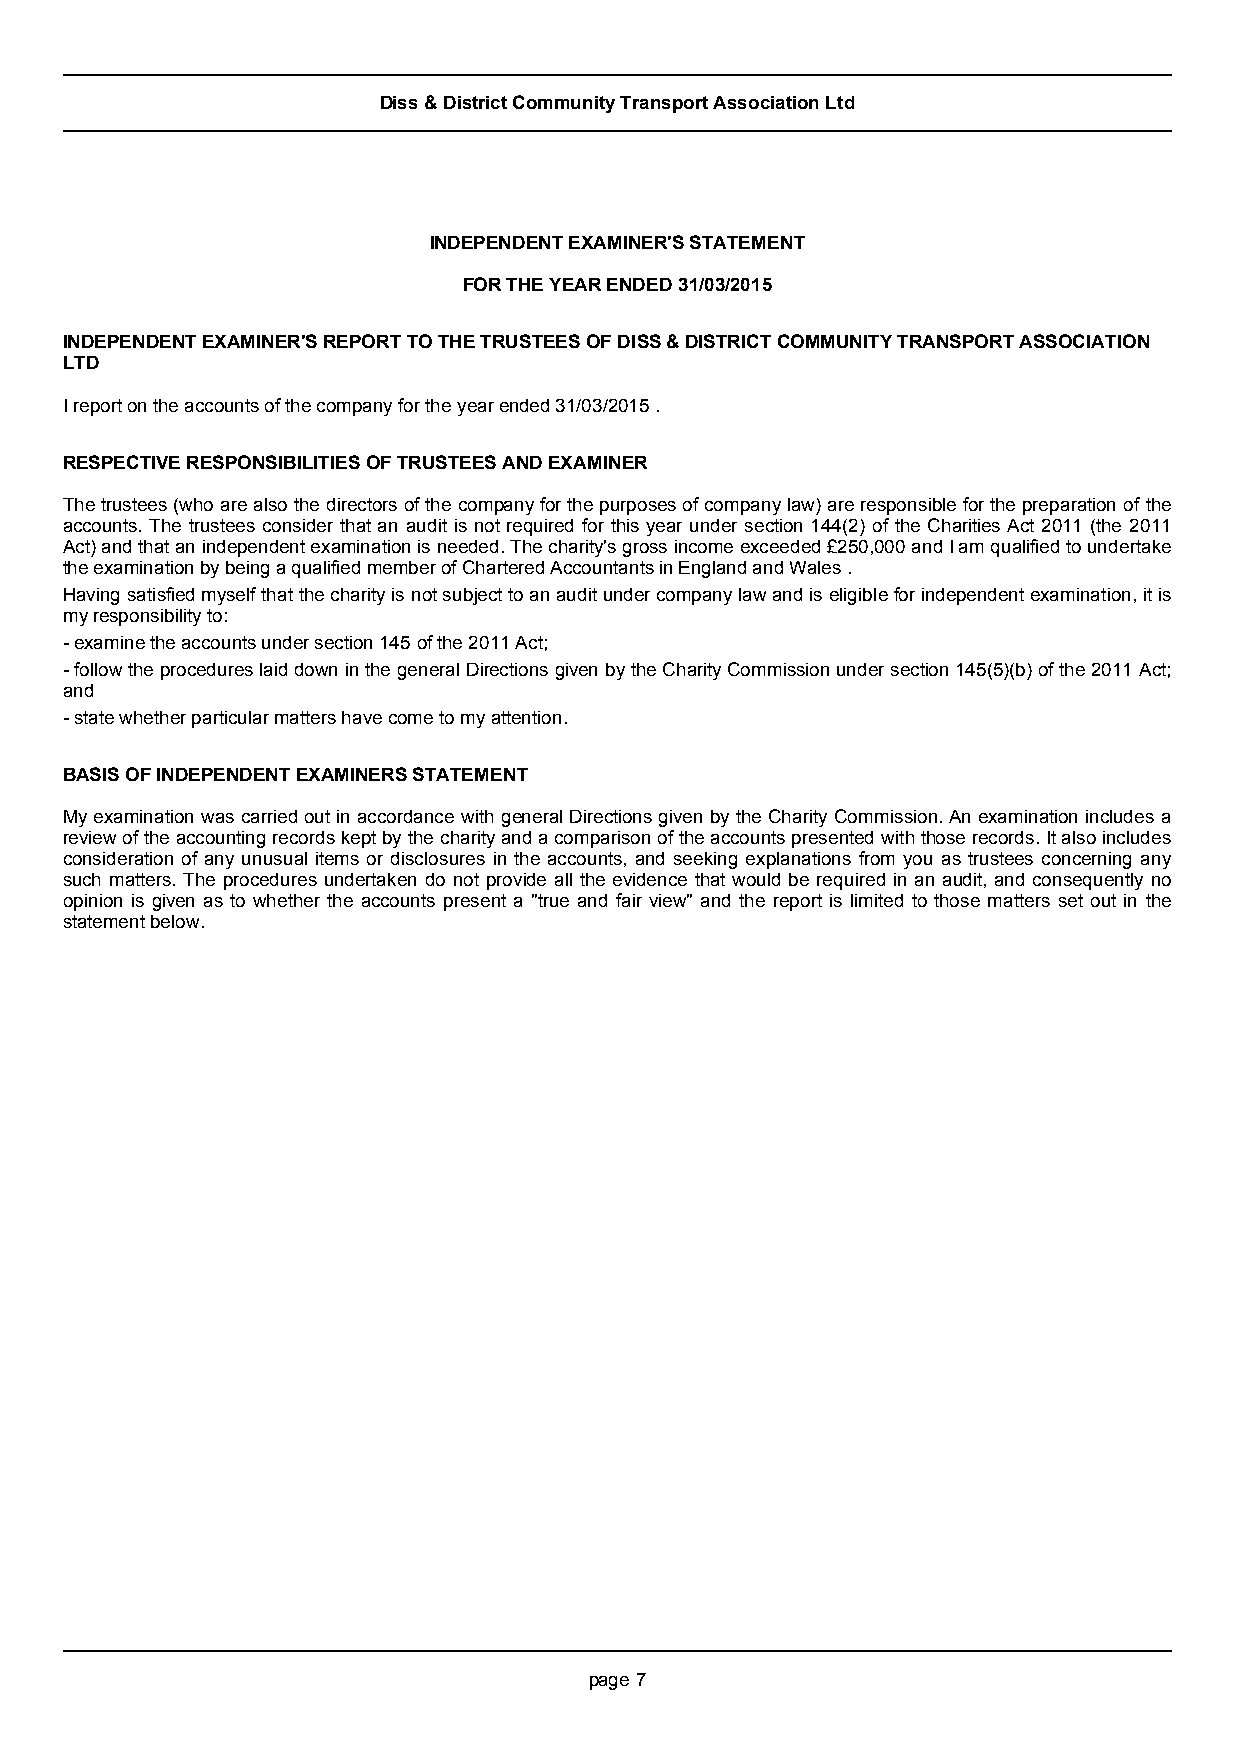
Diss & District Community Transport Association Ltd
 INDEPENDENT EXAMINER'S STATEMENT
 FOR THEYEARENDED31/03/2015
 INDEPENDENT EXAMINER'S REPORT TO THE TRUSTEES OFDISS & DISTRICT COMMUNITY TRANSPORT ASSOCIATION
 LTD
 I report on the accounts of the company for theyearended31/03/2015.
 RESPECTIVE RESPONSIBILITIES OF TRUSTEES AND EXAMINER
 The trustees (who are also the directors of the company for the purposes of company law) are responsible for the preparation of the
 accounts. The trustees consider that an audit is not required for this year under section 144(2) of the Charities Act 2011 (the 2011
 Act) and that an independent examination is needed. The charity's gross income exceeded £250,000 and I am qualified to undertake
 the examination by being a qualified member ofChartered Accountants in England and Wales.
 Having satisfied myself that the charity is not subject to an audit under company law and is eligible for independent examination, it is
 my responsibility to:
 - examine the accounts under section 145 of the 2011 Act;
 - follow the procedures laid down in the general Directions given by the Charity Commission under section 145(5)(b) of the 2011 Act;
 and
 - state whether particular matters have come to my attention.
 BASIS OF INDEPENDENT EXAMINERS STATEMENT
 My examination was carried out in accordance with general Directions given by the Charity Commission. An examination includes a
 review of the accounting records kept by the charity and a comparison of the accounts presented with those records. It also includes
 consideration of any unusual items or disclosures in the accounts, and seeking explanations from you as trustees concerning any
 such matters. The procedures undertaken do not provide all the evidence that would be required in an audit, and consequently no
 opinion is given as to whether the accounts present a "true and fair view" and the report is limited to those matters set out in the
 statement below.
 page 7